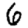
Digit: 6